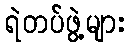
ရဲတပ်ဖွဲ့များ